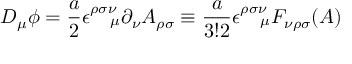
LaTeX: D _ { \mu } \phi = \frac { a } { 2 } \epsilon _ { ~ ~ ~ \mu } ^ { \rho \sigma \nu } \partial _ { \nu } A _ { \rho \sigma } \equiv \frac { a } { 3 ! 2 } \epsilon _ { ~ ~ ~ \mu } ^ { \rho \sigma \nu } F _ { \nu \rho \sigma } ( A )